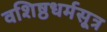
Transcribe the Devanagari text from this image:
वशिष्ठधर्मसूत्र